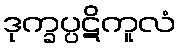
ဒုက္ခပ္ပဋိကူလံ